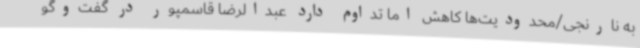
به نارنجی/محدودیت‌ها کاهش اما تداوم دارد عبدالرضا قاسمپور در گفت‌وگو